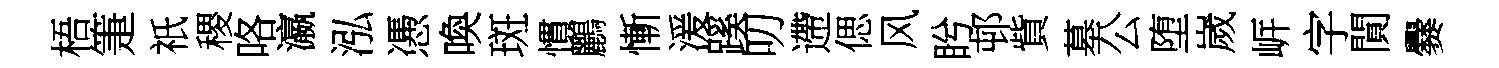
梧箑祇稷咯瀛泓慿喚斑慣鸝慚湲蹊叨遰偲风盻邨貲墓公堕嵗㟁字閴爨